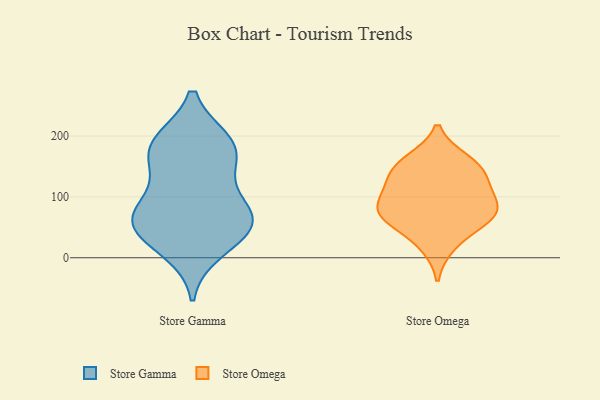
{"axis": {"x": "Humidity (%)", "y": "Value"}, "legend": ["Store Gamma", "Store Omega"], "data": [{"x": "", "y": 134, "type": "Store Gamma"}, {"x": "", "y": 13, "type": "Store Gamma"}, {"x": "", "y": 59, "type": "Store Gamma"}, {"x": "", "y": 168, "type": "Store Gamma"}, {"x": "", "y": 38, "type": "Store Gamma"}, {"x": "", "y": 190, "type": "Store Gamma"}, {"x": "", "y": 85, "type": "Store Gamma"}, {"x": "", "y": 59, "type": "Store Gamma"}, {"x": "", "y": 180, "type": "Store Gamma"}, {"x": "", "y": 57, "type": "Store Gamma"}, {"x": "", "y": 190, "type": "Store Gamma"}, {"x": "", "y": 73, "type": "Store Gamma"}, {"x": "", "y": 132, "type": "Store Omega"}, {"x": "", "y": 158, "type": "Store Omega"}, {"x": "", "y": 75, "type": "Store Omega"}, {"x": "", "y": 19, "type": "Store Omega"}, {"x": "", "y": 52, "type": "Store Omega"}, {"x": "", "y": 114, "type": "Store Omega"}, {"x": "", "y": 70, "type": "Store Omega"}, {"x": "", "y": 70, "type": "Store Omega"}, {"x": "", "y": 161, "type": "Store Omega"}, {"x": "", "y": 100, "type": "Store Omega"}, {"x": "", "y": 83, "type": "Store Omega"}, {"x": "", "y": 139, "type": "Store Omega"}]}